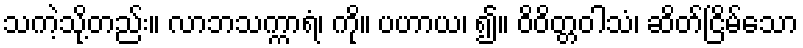
သကဲ့သို့တည်း။ လာဘသက္ကာရံ၊ ကို။ ပဟာယ၊ ၍။ ဝိဝိတ္တဝါသံ၊ ဆိတ်ငြိမ်သော